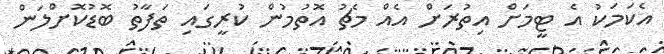
އެކަމަކު އެ ޓީމަށް އިތުރަށް އެއް މެޗު އޮތުމުން ކުރީގައި ތަފާތު ބޮޑުކޮށްލަން